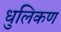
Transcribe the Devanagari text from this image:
धुलिकण